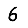
Digit: 6